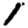
Digit: 1